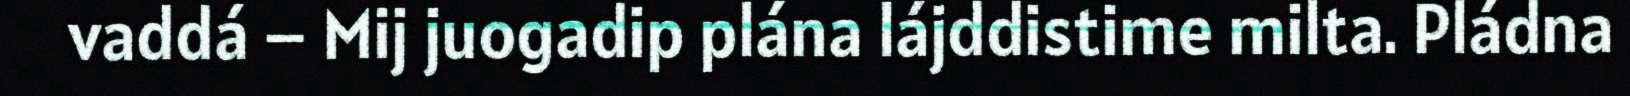
vaddá – Mij juogadip plána lájddistime milta. Pládna